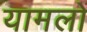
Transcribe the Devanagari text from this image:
यामलों